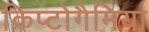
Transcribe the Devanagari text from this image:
क्रिप्टोगैमिया